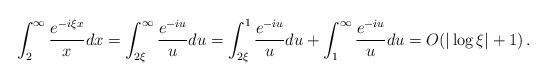
LaTeX: \begin{align*}\int_2^\infty \frac{e^{- i \xi x}}{x}dx=\int_{2\xi}^\infty\frac{e^{- i u}}{u}du=\int_{2\xi}^1\frac{e^{- i u}}{u}du+\int_{1}^\infty\frac{e^{- i u}}{u}du=O(|\log \xi |+1)\,.\end{align*}